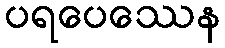
ပရပေဿေန